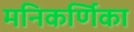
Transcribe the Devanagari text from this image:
मनिकर्णिका